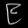
Digit: ၉